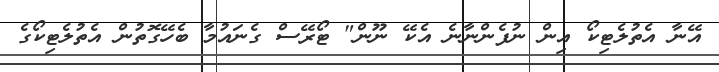
އޭނާ އެތުލެޓިކޯ އިން ނުފެންނާނެ އެކޭ ނޫން" ޓޯރޭސް ގެނައުމާ ބެހޭގޮތުން އެތުލެޓިކޯގެ